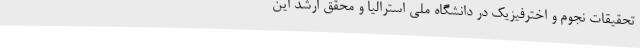
تحقیقات نجوم و اخترفیزیک در دانشگاه ملی استرالیا و محقق ارشد این